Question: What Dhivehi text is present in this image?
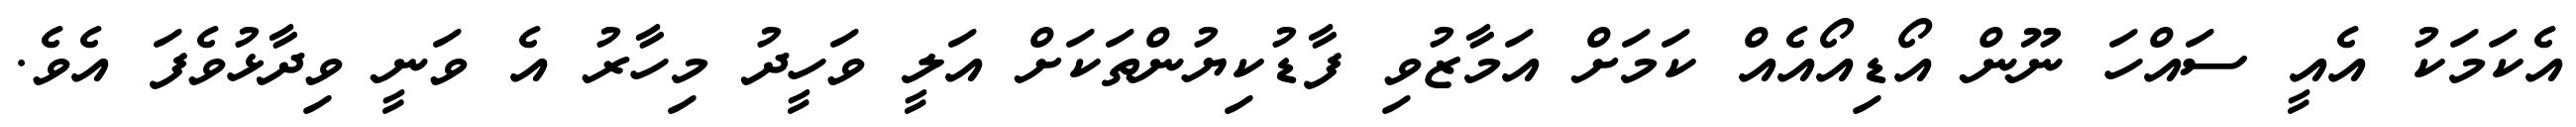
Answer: އެކަމަކު އެއީ ސައްހަ ނޫން އޯޑިއޯއެއް ކަމަށް އަމާޒުވި ފާޑުކިޔުންތަކަށް އަލީ ވަހީދު މިހާރު އެ ވަނީ ވިދާޅުވެފަ އެވެ.